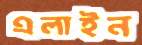
এলাইন